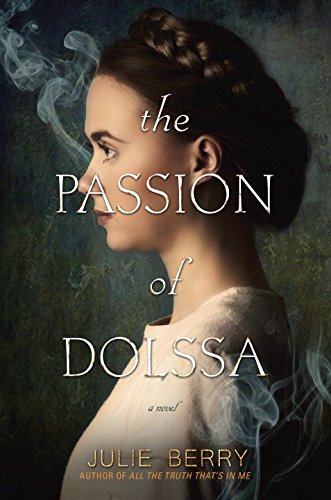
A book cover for The Passion of Dolssa; Julie Berry; Teen & Young Adult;